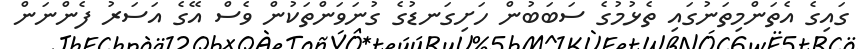
ގައިގެ އެތަންމިތަނުގައި ތެޅުމުގެ ސަބަބުން ހަށިގަނޑުގެ ގުނަވަންތަކުން ވެސް އޭގެ އަސަރު ފެންނަން